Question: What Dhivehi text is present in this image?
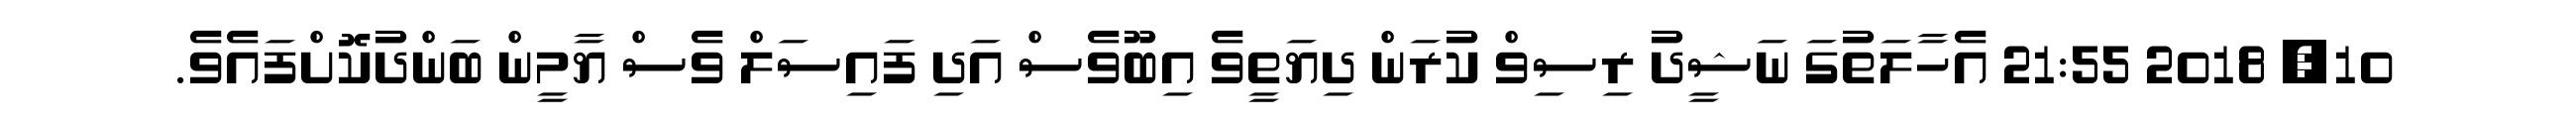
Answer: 10, 2018 21:55 އެހާލަތުގަ ނަޝީދު ރިސިވް ކުރަން ދިޔަތީވެ އިބޫވެސް އަދި ފައިސަލް ވެސް ޔާމީން ބަންދުކޮށްފައެވެ.